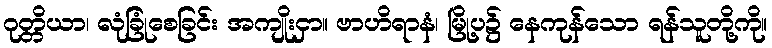
ဂုတ္တိယာ၊ လုံခြုံစေခြင်း အကျိုးငှာ။ ဗာဟိရာနံ၊ မြို့ပ၌ နေကုန်သော ရန်သူတို့ကို။